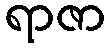
ရာဇာ